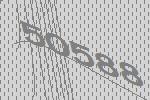
50588